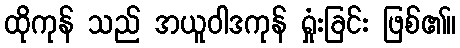
ထိုကုန် သည် အယူဝါဒကုန် ရှုံးခြင်း ဖြစ်၏။